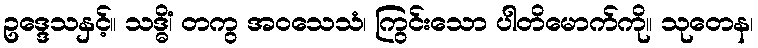
ဥဒ္ဒေသနှင့်။ သဒ္ဓိံ၊ တကွ အဝသေသံ၊ ကြွင်းသော ပါတိမောက်ကို။ သုတေန၊